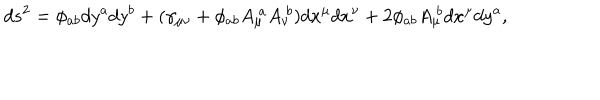
d s ^ { 2 } = \phi _ { a b } d y ^ { a } d y ^ { b } + ( \gamma _ { \mu \nu } + \phi _ { a b } A _ { \mu } ^ { \ a } A _ { \nu } ^ { \ b } ) d x ^ { \mu } d x ^ { \nu } + 2 \phi _ { a b } A _ { \mu } ^ { \ b } d x ^ { \mu } d y ^ { a } ,